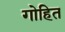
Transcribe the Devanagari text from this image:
गोहित